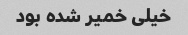
خیلی خمیر شده بود